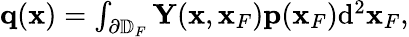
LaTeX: \begin{array}{r}{{\mathbf q}({\mathbf x})=\int_{\partial\mathbb{D}_{F}}{\mathbf Y}({\mathbf x},{\mathbf x}_{F}){\mathbf p}({\mathbf x}_{F})\mathrm{d}^{2}{\mathbf x}_{F},}\end{array}